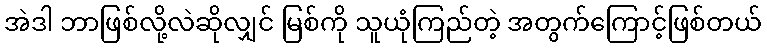
အဲဒါ ဘာဖြစ်လို့လဲဆိုလျှင် မြစ်ကို သူယုံကြည်တဲ့ အတွက်ကြောင့်ဖြစ်တယ်